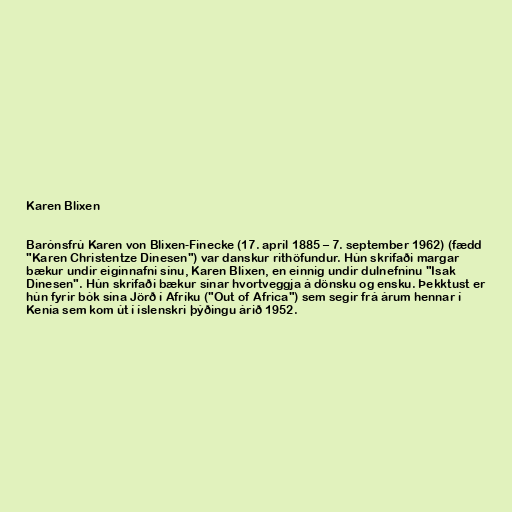
Karen Blixen

Barónsfrú Karen von Blixen-Finecke (17. apríl 1885 – 7. september 1962) (fædd
"Karen Christentze Dinesen") var danskur rithöfundur. Hún skrifaði margar
bækur undir eiginnafni sínu, Karen Blixen, en einnig undir dulnefninu "Isak
Dinesen". Hún skrifaði bækur sínar hvortveggja á dönsku og ensku. Þekktust er
hún fyrir bók sína Jörð í Afríku ("Out of Africa") sem segir frá árum hennar í
Kenía sem kom út í íslenskri þýðingu árið 1952.